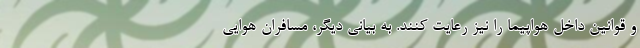
و قوانین داخل هواپیما را نیز رعایت کنند. به بیانی دیگر، مسافران هوایی